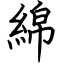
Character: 綿